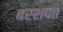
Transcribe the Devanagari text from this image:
बरशपत